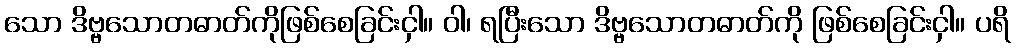
သော ဒိဗ္ဗသောတဓာတ်ကိုဖြစ်စေခြင်းငှါ။ ဝါ၊ ရပြီးသော ဒိဗ္ဗသောတဓာတ်ကို ဖြစ်စေခြင်းငှါ။ ပရိ